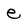
Character: e